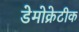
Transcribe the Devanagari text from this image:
डेेमोक्रेटीक